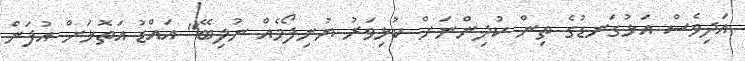
އަދިވެސް އަޅުގަނޑުގެ ތިން ކުދިންނަށް ކުޅިވަރު ޔުނިފޯމެއް ނުލިބޭ" އައްޑު އަތޮޅަށް އުފަން